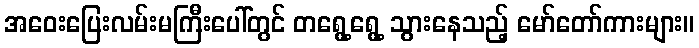
အဝေးပြေးလမ်းမကြီးပေါ်တွင် တရွေ့ရွေ့ သွားနေသည့် မော်တော်ကားများ။